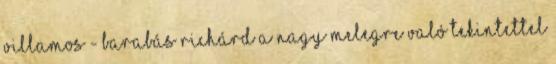
villamos - Barabás Richárd A nagy melegre való tekintettel